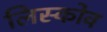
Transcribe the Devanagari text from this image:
लिस्कोव